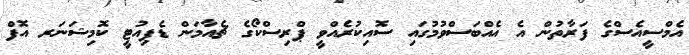
އެމްސީއެސްގެ ފަރާތުން އެ އެއްބަސްވުމުގައި ސޮއިކުރެއްވީ ޕްރިސްކޯގެ ޗެއާމަން ޑެޕިއުޓީ ކޮމިޝަނަރ އޮފް